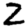
Digit: 2